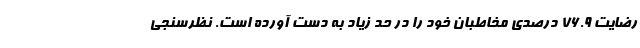
رضایت 76.9 درصدی مخاطبان خود را در حد زیاد به دست آورده است. نظرسنجی